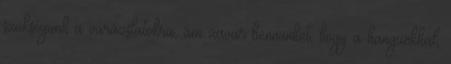
szükségünk a varázslatokra, ám zavar bennünket, hogy a hangunkkal,